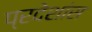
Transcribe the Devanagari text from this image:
प्रदेशांस